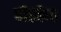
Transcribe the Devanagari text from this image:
पी०के०